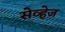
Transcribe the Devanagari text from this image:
सेव्हेज